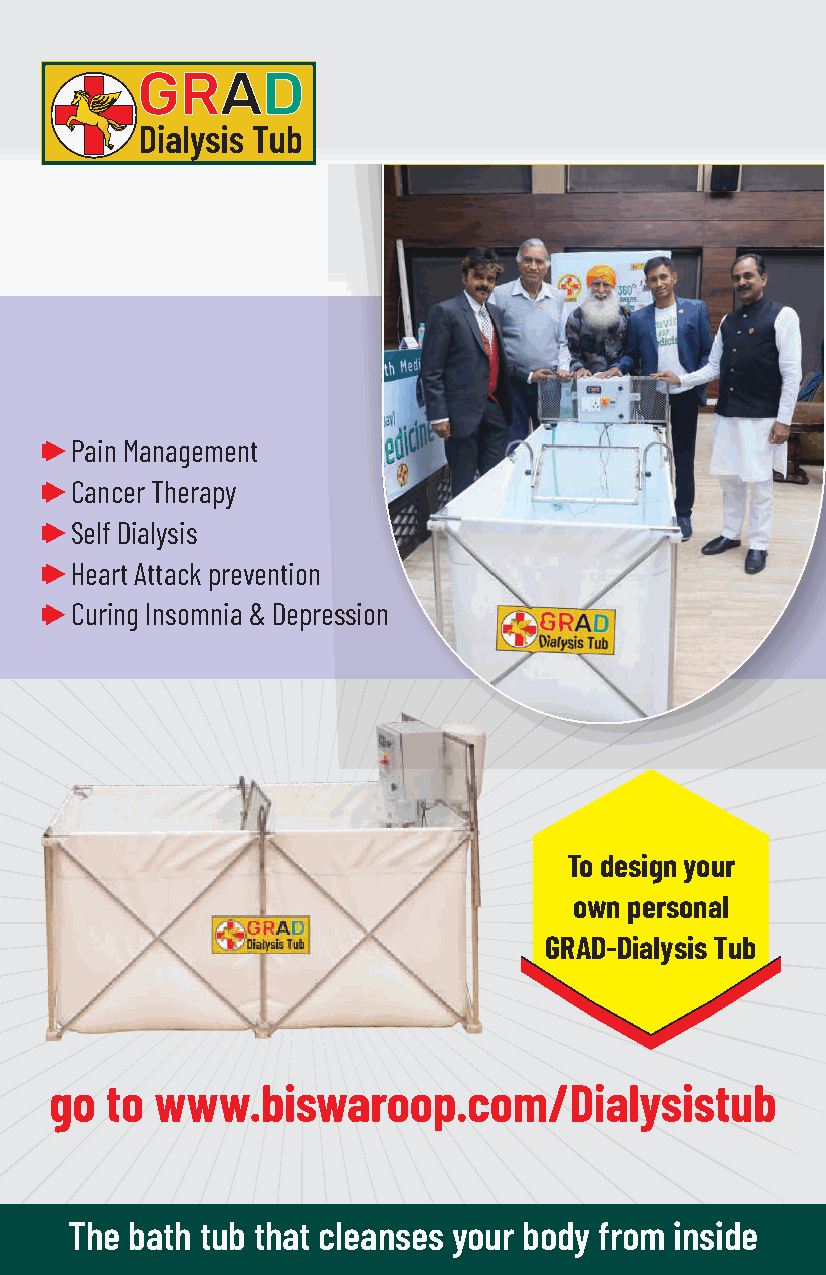
Pain Management
 Cancer Therapy
 Self Dialysis
 Heart Attack prevention
 Curing Insomnia & Depression
 To design your
 own personal
 GRAD-Dialysis Tub
 go  to www.biswaroop.com/Dialysistub
 The bath tub that cleanses your body from inside